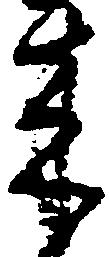
来